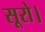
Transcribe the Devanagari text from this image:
सूरो।